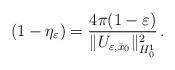
LaTeX: \begin{align*}(1-\eta_\varepsilon)=\frac{4\pi(1-\varepsilon)}{\|U_{\varepsilon,\bar{x}_0}\|_{H^1_0}^2}\,.\end{align*}